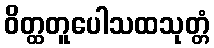
ဝိတ္ထတူပေါသထသုတ္တံ